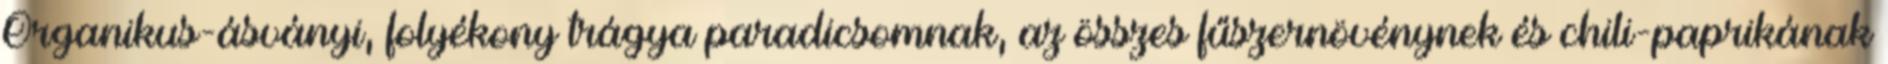
Organikus-ásványi, folyékony trágya paradicsomnak, az összes fűszernövénynek és chili-paprikának